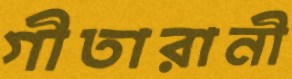
গীতারানী